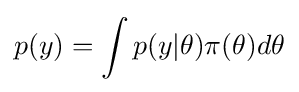
p(y)=\int p(y|\theta )\pi (\theta )d\theta